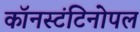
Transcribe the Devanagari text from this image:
कॉनस्टंटिनोपल